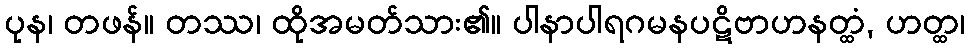
ပုန၊ တဖန်။ တဿ၊ ထိုအမတ်သား၏။ ပါနာပါရဂမနပဋိဗာဟနတ္ထံ, ဟတ္ထ၊